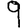
Digit: 9